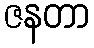
ဇနတာ